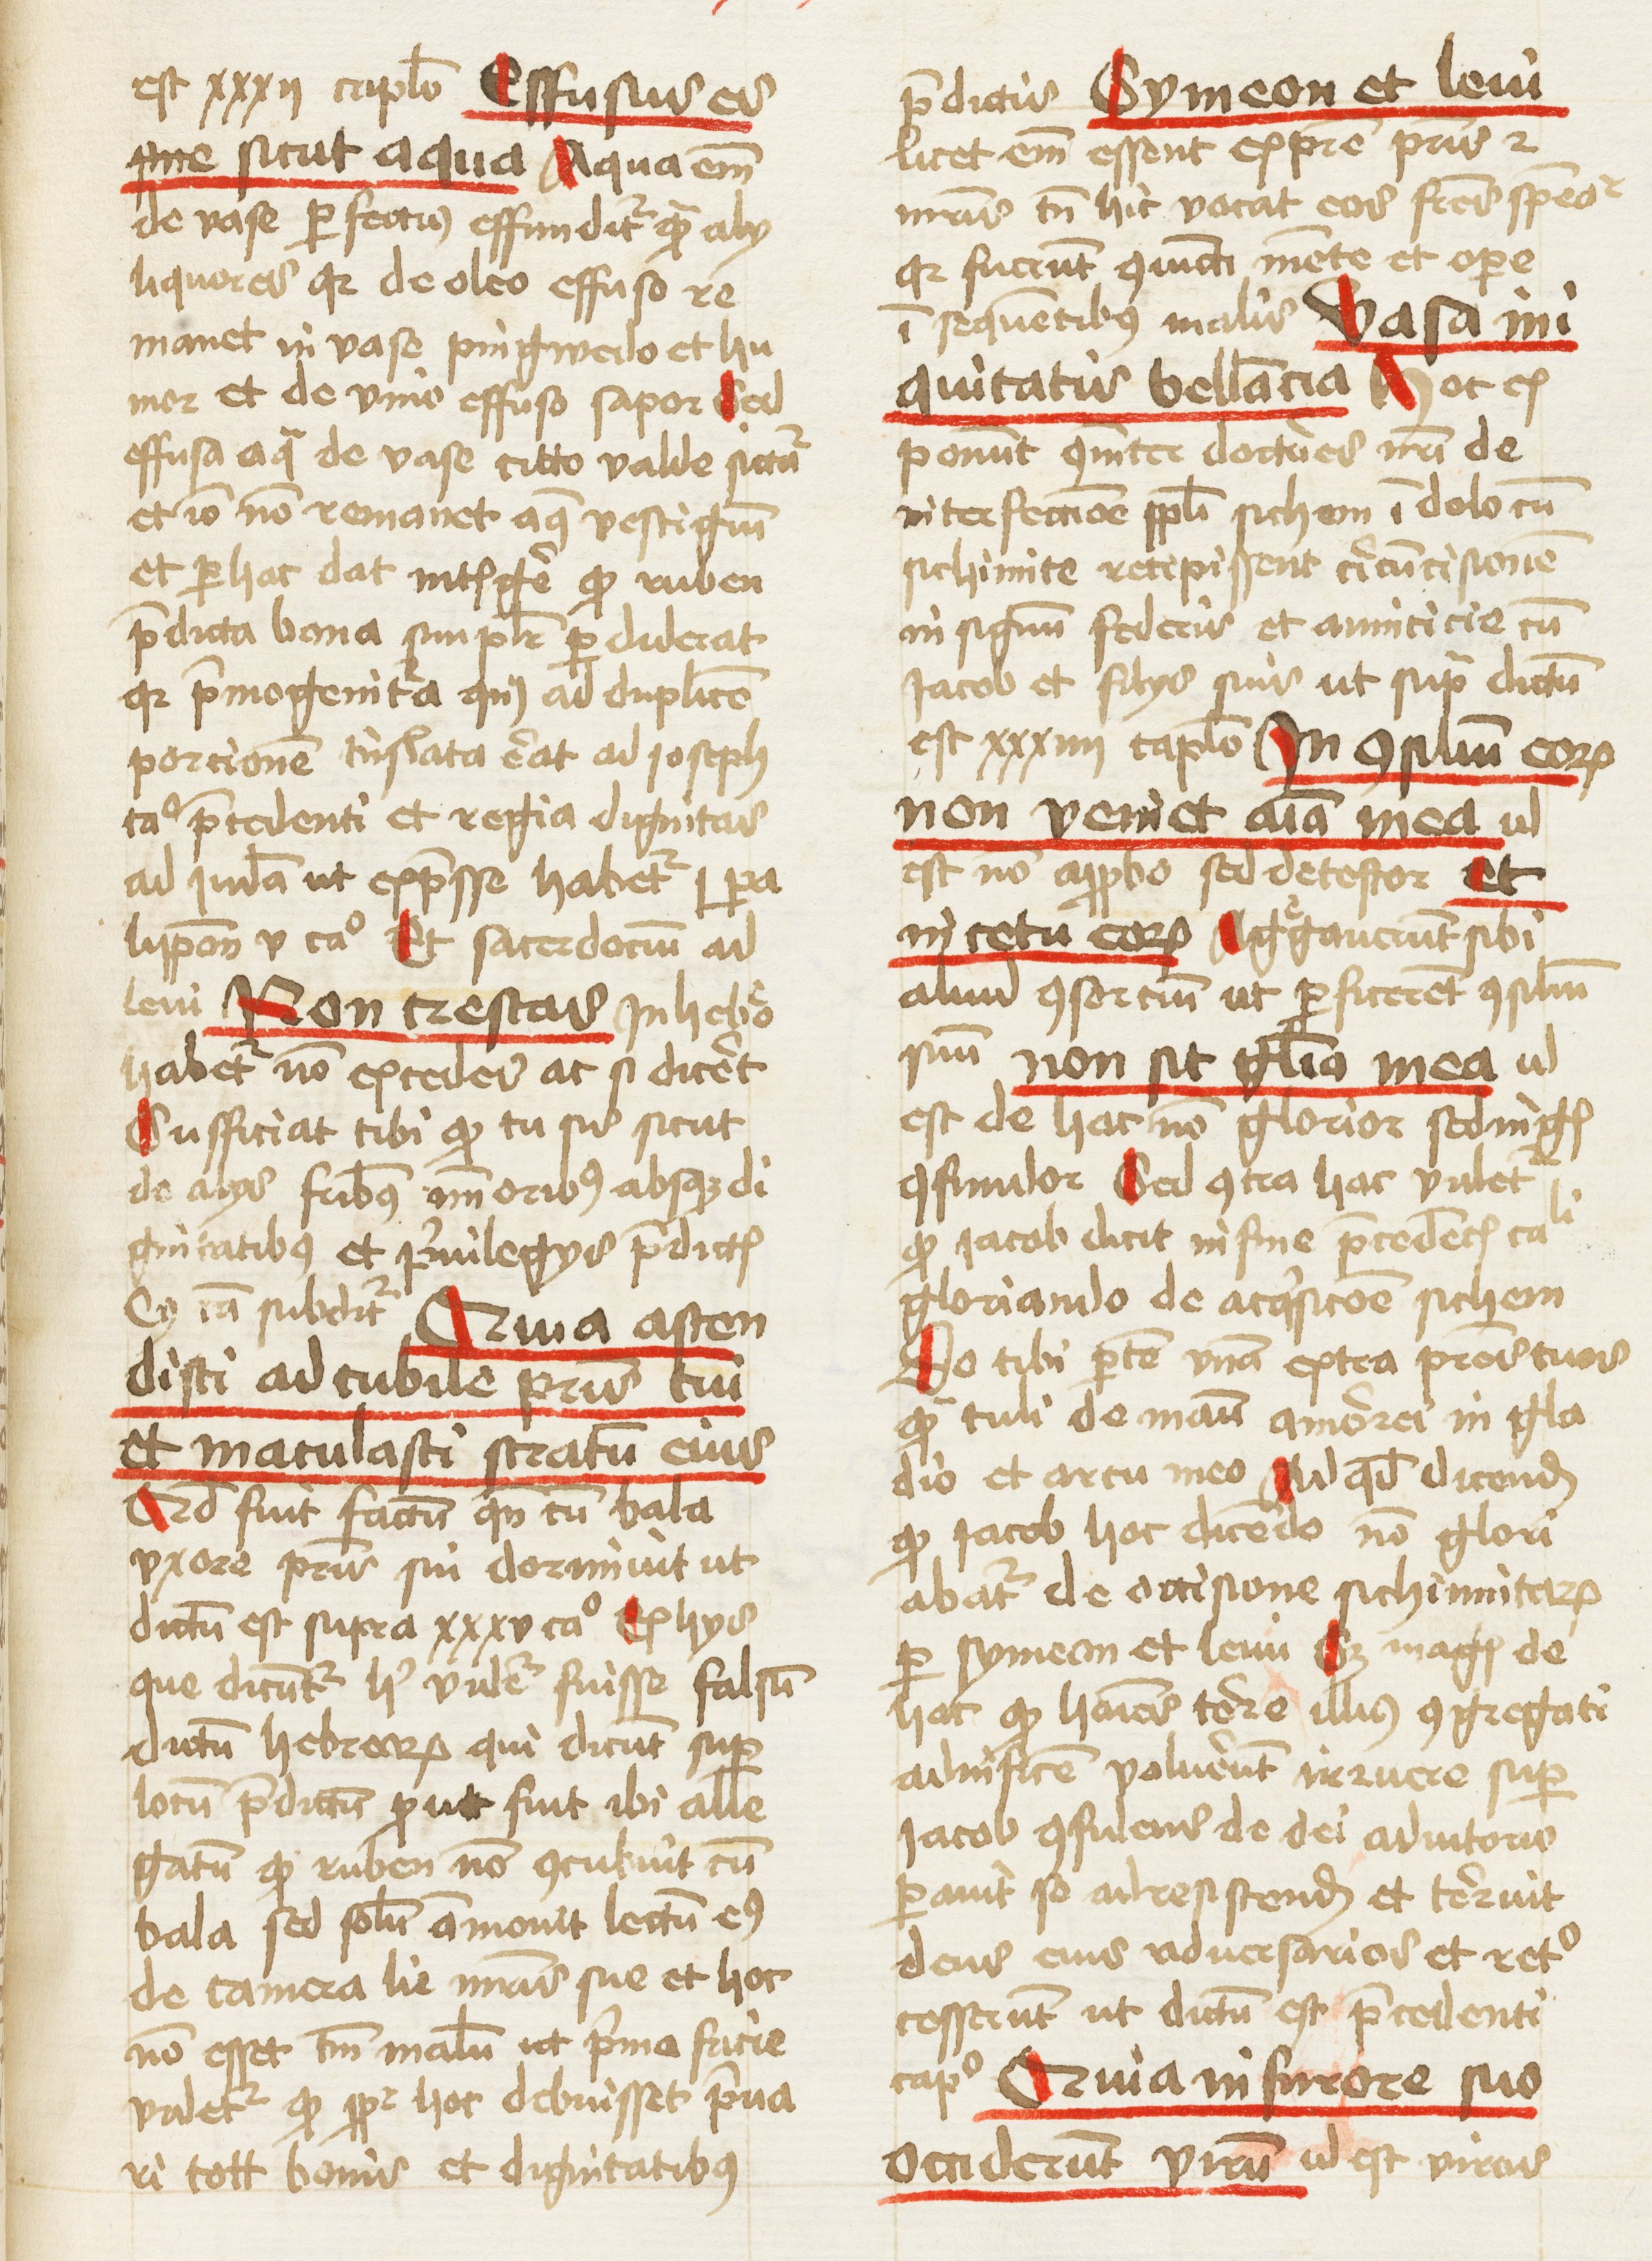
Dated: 1459–1461